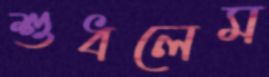
শুধলেম